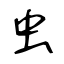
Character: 虫